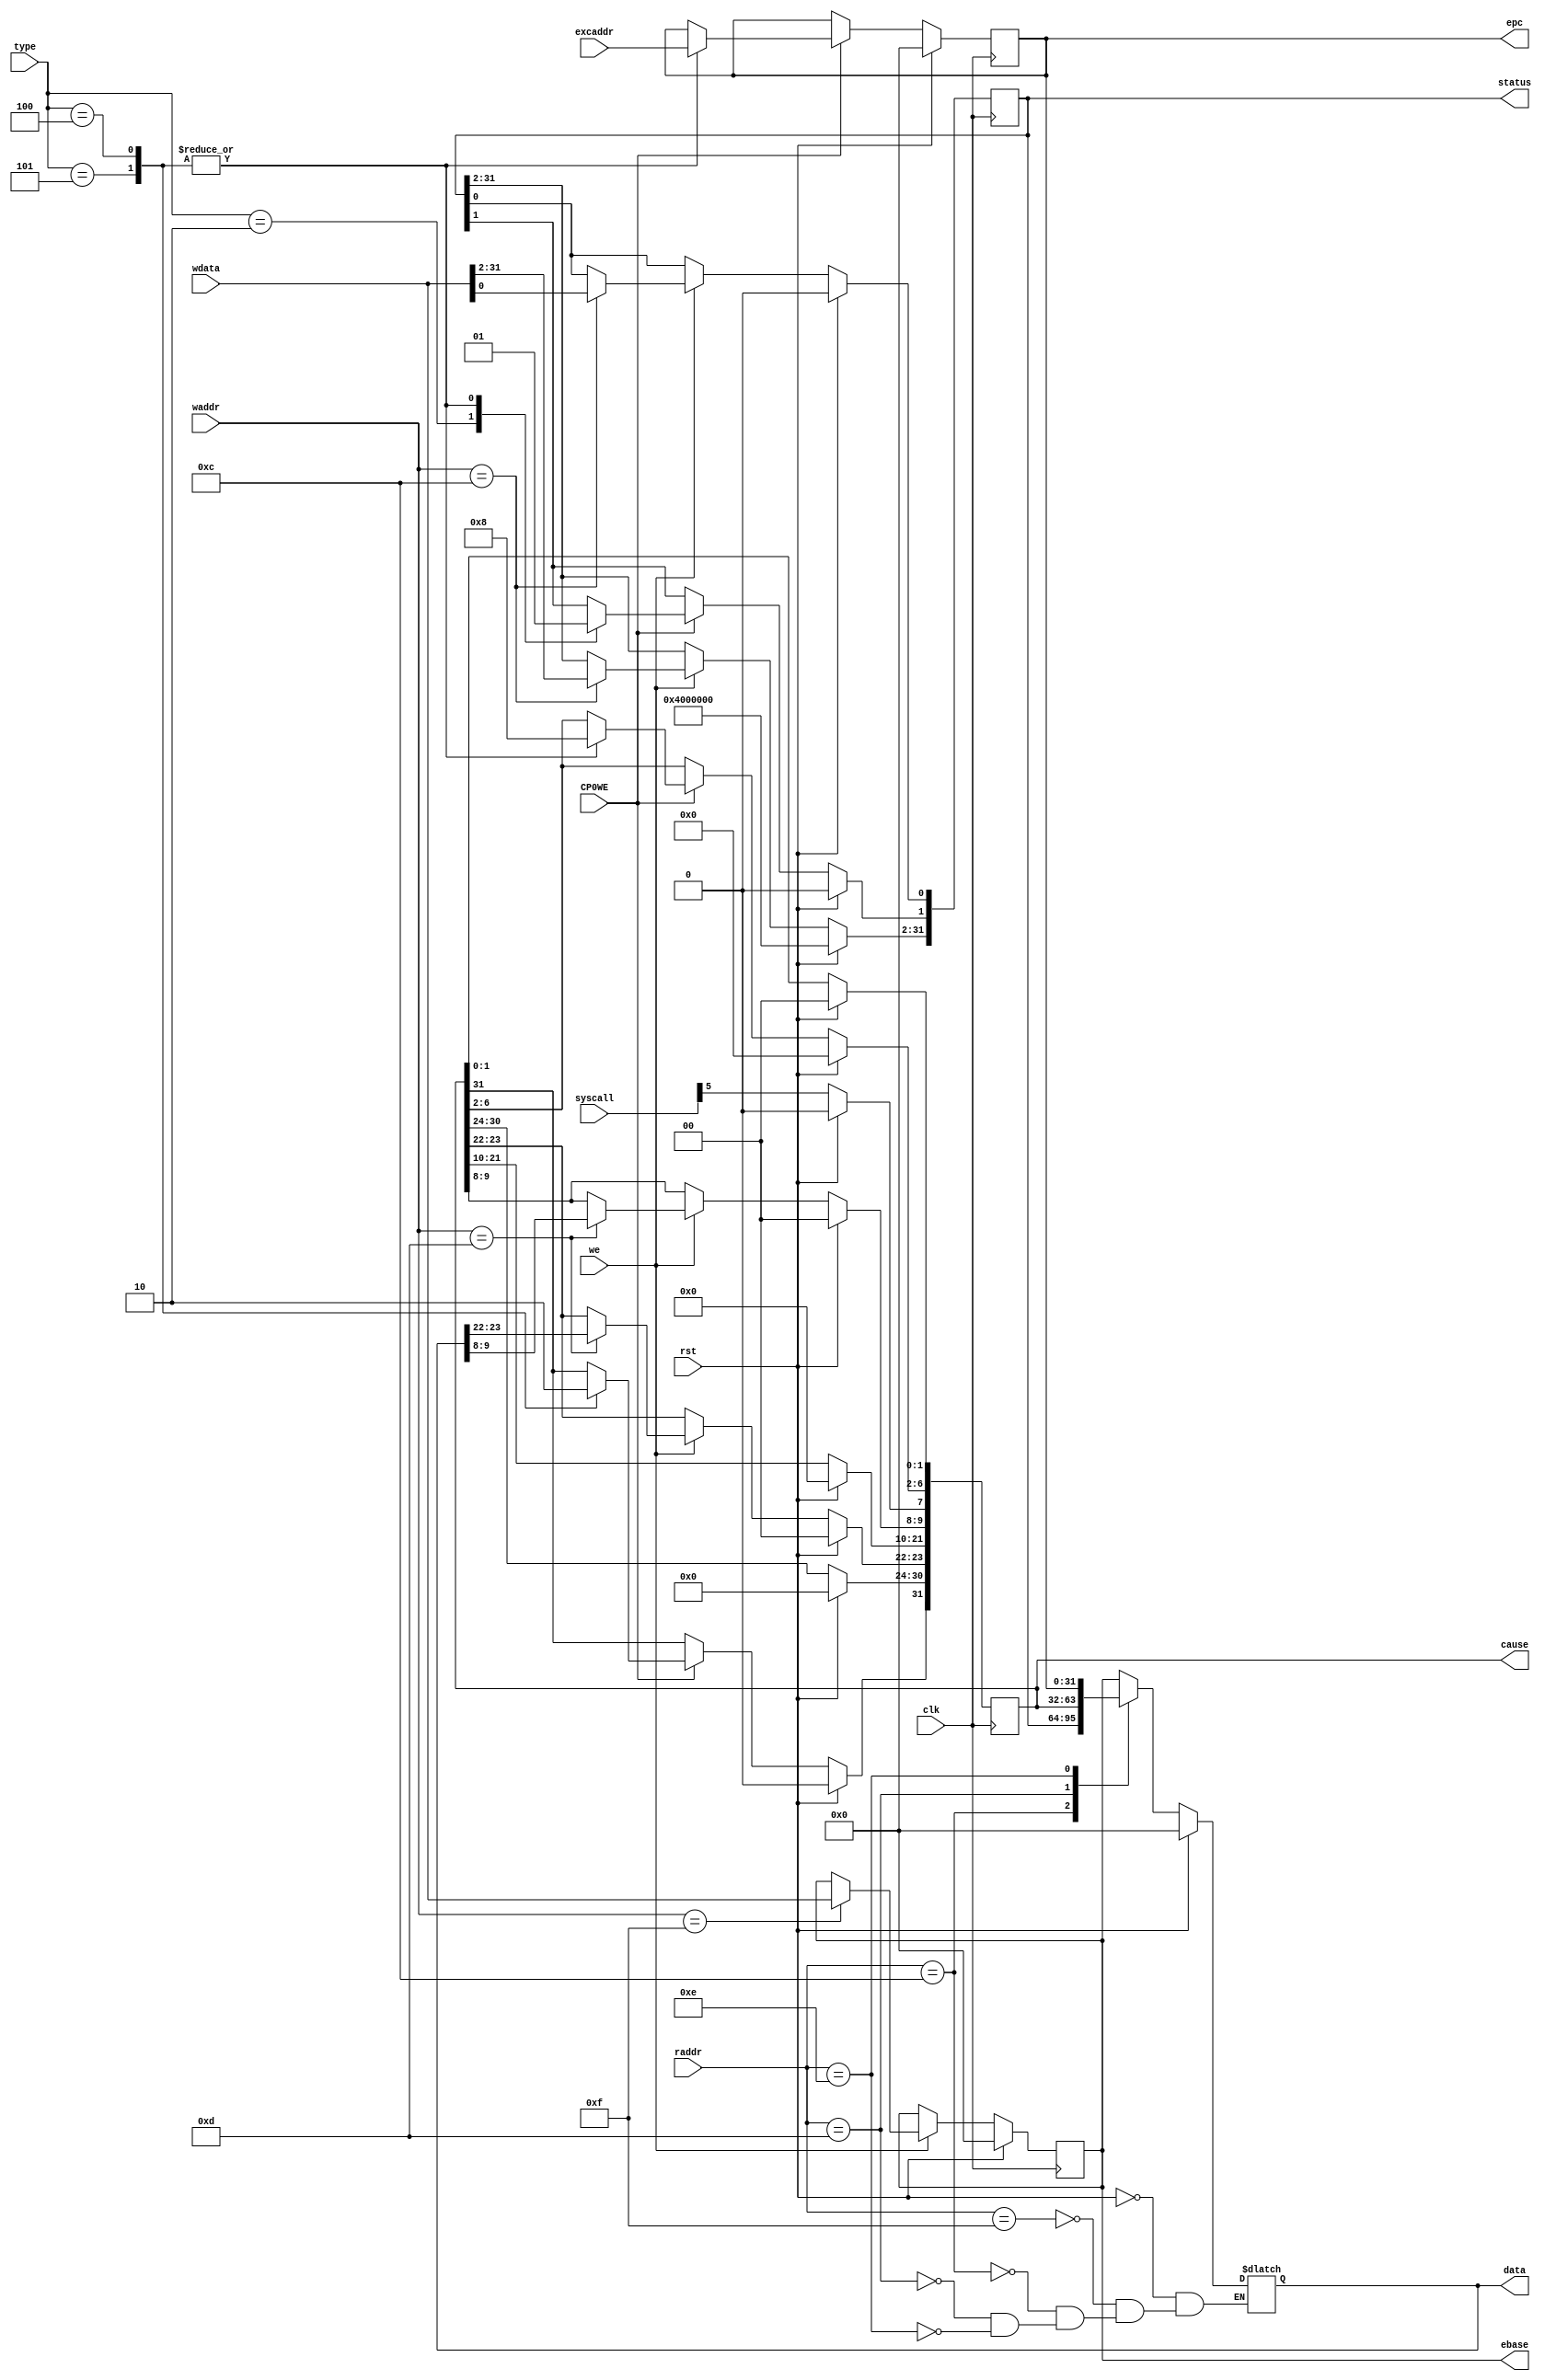
// CP0 REGISTER FILE

module CP0(
	// inputs
	input wire rst,
	input wire clk,
	input wire[4:0] raddr,		// Addr to read
	input wire[5:0] syscall,	// 
	input wire we,				// write enable
	input wire[5:0] waddr,		// Addr to write
	input wire[31:0] wdata,		// Data to write

	// 
	input wire[2:0] type,
	input wire CP0WE,
	input wire[31:0] excaddr,

	// outputs
	output reg[31:0] data,		// Data Read
	// five registers
	output reg[31:0] ebase,
	output reg[31:0] status,
	// status[12]: IM4 - 1 for not masking syscall
    // status[1]: Exception level. 1 = shows if exception happens
    // status[0]: interrupt enable. 1 = enables syscall
	output reg[31:0] cause,		// cause
	// cause[31]: BD: DelaySlot
    // cause[12]: IP4: if interrupt happens
    // cause[6:2]: ExcCode: indicates the kind of exception
    // 00000: Int Interruption
    // 01000: Sys Syscall
	output reg[31:0] epc		// epc
);

// write CP0
always @(posedge clk) begin
	// reset
	if (rst == 1'b1) begin
		ebase <= 32'b0;
		status <= 32'b00010000000000000000000000000000;
		cause <= 32'b0;
		epc <= 32'b0;
	end
	// functions
	else begin
		// get the syscall
		cause[7:2] <= syscall[5:0];
		// if write enable
		if(we == 1'b1) begin
			case(waddr)
				// ebase
				5'b01111: begin
					ebase <= wdata;
				end
				// status:
				5'b01100: begin
					status <= wdata;
				end
				// cause:
				5'b01101: begin
					cause[9:8] <= data[9:8];
					cause[23:22] <= data[23:22];
				end
				// epc:
				5'b01110: begin
					epc <= wdata;
				end
			endcase
		end

		// if exception happens
		if (CP0WE == 1) begin
			case(type)
				//eret
				3'b010: begin
					status[1] = 0;
				end
				//syscall in delayslot
				3'b101: begin
					epc = excaddr;
					cause[31] = 1;
					status[1] = 1;
					cause[6:2] = 5'b01000;
				end
				//syscall not in delayslot
				3'b100: begin
					epc = excaddr;
					cause[31] = 0;
					status[1] = 1;
					cause[6:2] = 5'b01000;
				end
			endcase
		end
	end
end

// read CP0
always @(*) begin
	if (rst == 1'b1) begin
		// reset
		data <= 32'b0;
	end
	else begin
		case(raddr)
			// ebase
			5'b01111: begin
				data <= ebase;
			end
			// status:
			5'b01100: begin
				data <= status;
			end
			// cause:
			5'b01101: begin
				data <= cause;
			end
			// epc:
			5'b01110: begin
				data <= epc;
			end
		endcase
	end
end

endmodule